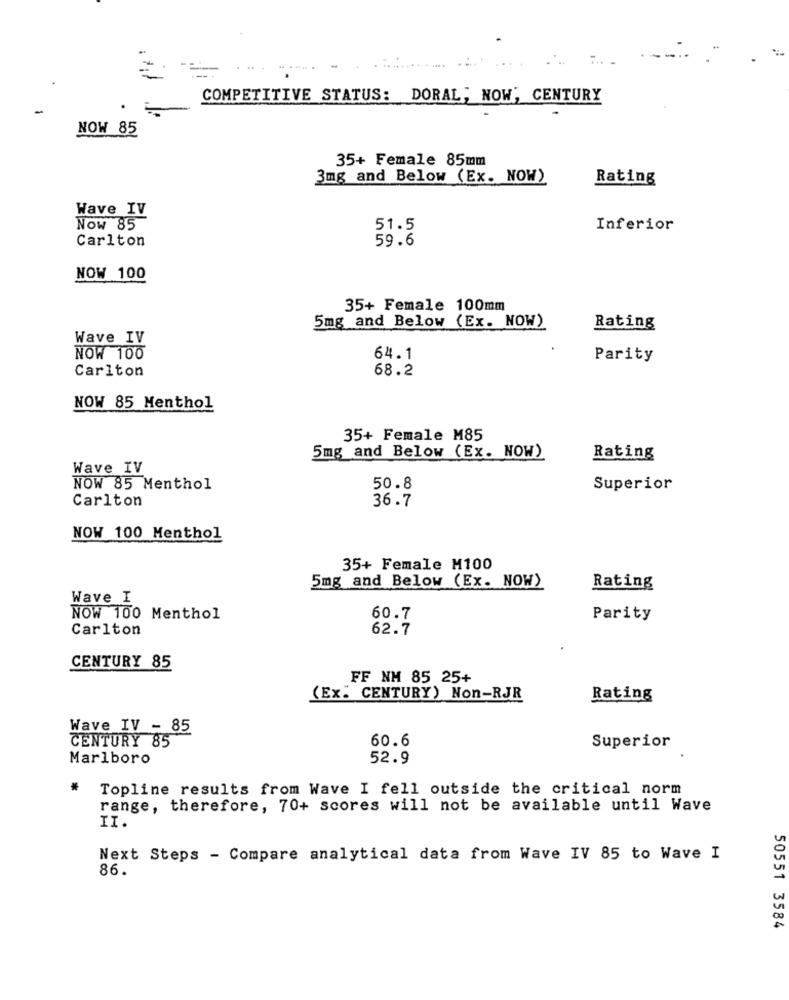
...
COMPETITIVE STATUS: DORAL; NOW', CENTURY
NOW 85
35+ Female 85mm
3mg and Below (Ex. NOW)
Rating
Wave IV
Now 85
51.5
Inferior
Carlton
59.6
NOW 100
35+ Female 100mm
5mg and Below (Ex. NOW)
Rating
Wave IV
NOW 100
64.1
Parity
Carlton
68.2
NOW 85 Menthol
35+ Female M85
5mg and Below (Ex. NOW)
Rating
Wave IV
NOW 85 Menthol
50.8
Superior
Carlton
36.7
NOW 100 Menthol
35+ Female M100
5mg and Below (Ex. NOW)
Rating
Wave I
NOW 100 Menthol
60.7
Parity
Carlton
62.7
CENTURY 85
FF NM 85 25+
(Ex. CENTURY) Non-RJR
Rating
Wave IV - 85
CENTURY 85
60.6
Superior
Marlboro
52.9
*
Topline results from Wave I fell outside the critical norm
range, therefore, 70+ scores will not be available until Wave
II.
Next Steps - Compare analytical data from Wave IV 85 to Wave I
86.
50551 3584